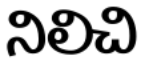
నిలిచి